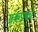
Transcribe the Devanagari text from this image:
सकपका